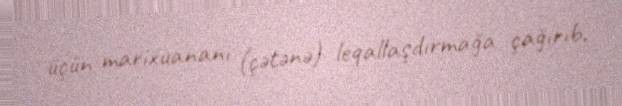
üçün marixuananı (çətənə) leqallaşdırmağa çağırıb.